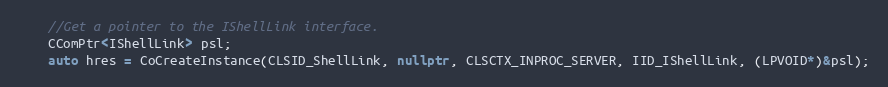
Language: C++
    //Get a pointer to the IShellLink interface.
    CComPtr<IShellLink> psl;
    auto hres = CoCreateInstance(CLSID_ShellLink, nullptr, CLSCTX_INPROC_SERVER, IID_IShellLink, (LPVOID*)&psl);